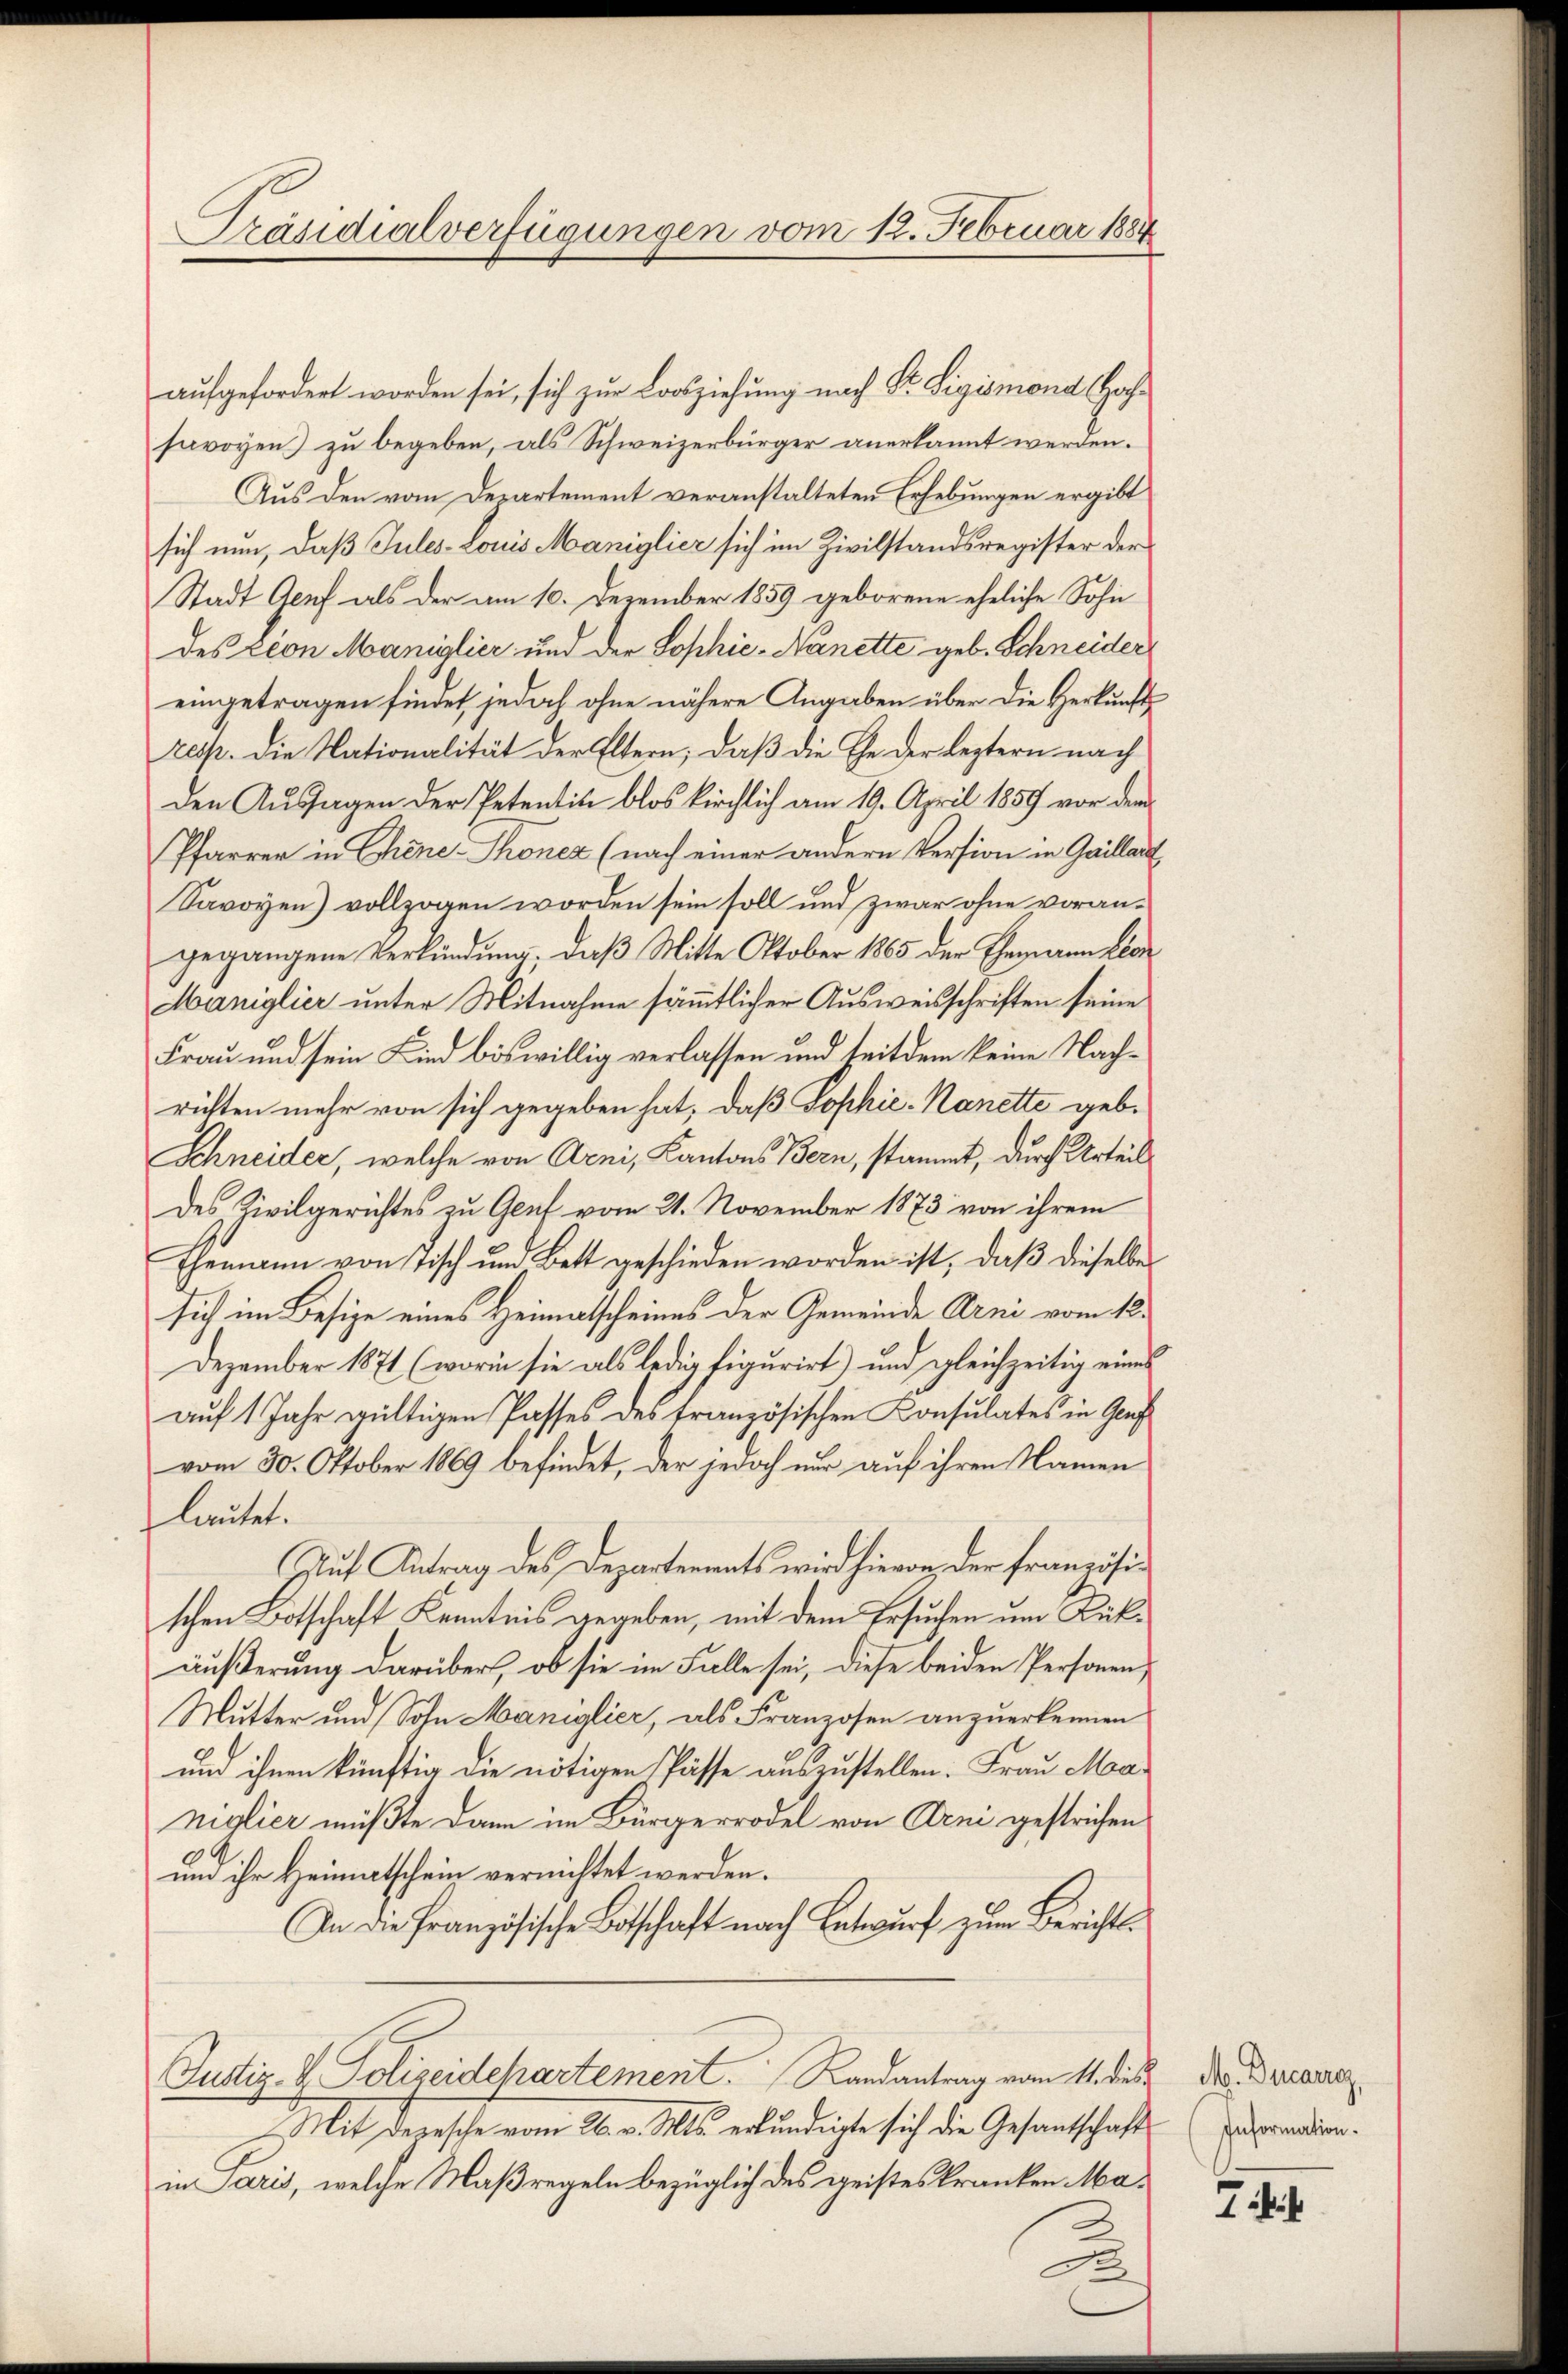
Präsidialverfügungen vom 12. Februar 1884

aufgefordert worden sei, sich zur Loosziehung nach Dr. Sigismond Hochsavoyen) zu begeben, als Schweizerbürger anerkannt werden.
Aus den vom Departement veranstalteten Erhebungen ergibt
sich nun, daß Jules-Louis Maniglier sich im Zivilstandsregister der
Stadt Genf als der am 10. Dezember 1859 geborene eheliche Sohn
des Eion Maniglier und der Sophie-Nanette geb. Schneider
eingetragen findet, jedoch ohne nähere Angaben über die Herkunft
zech. Die Nationalität der Eltern, daß die Ehe der leztern nach
den Aussagen der Petentite blos kirchlich am 19. April 1859 vor dem
Pfarrer in Chene Thonez (nach einer andern Persion in Gaillant
Savoyen) vollzogen worden sein soll und zwar ohne vorangegangene Verbindung. Daß Mitte Oktober 1865 der Ehemann kon
Maniglier unter Mitnahme sämmtlicher Ausweisschriften seine
Frau und sein Kind böswillig verlassen und seit dem keine Nachrichten mehr von sich gegeben hat, daß Sophie-Kanette geb.
Schneider, welche von Arni, Kantons Bern, stimmt, durch Urteil
des Zivilgerichtes zu Genf vom 21. November 1873 von ihrem
Ehemann von Tisch und Bett geschieden worden ist, daß dieselbe
sich im Besize eines Heimatscheines der Gemeinde Arni vom 12.
Dezember 1871 (worin sie als ledig figurirt) und gleichzeitig eines
auf 1 Jahr wültigen Passes des Französischen Konsulates in Graf
vom 30. Oktober 1869 befindet, der jedoch nur auf ihren Namen
lautet.
Auf Antrag des Departements wird hievon der französischen Botschaft Kenntnis gegeben, mit dem Ersuchen um Rükäußerung darüber, ob sie im Falle sei, diese beiden Personen,
Mutter und Sohn Maniglier, als Franzosen anzuerkennen
und ihnen künftig die nötigen Pässe auszustellen. Frau Maniglier müßte dann im Bürgerrodel von Arni gestrichen
und ihr Heimatschein vernichtet werden.
In die Französische Botschaft nach Entwurf zum Berichts¬
Justiz- & Polizeidchartement. Landantrag vom 11. dies des Decaner
Mit deresche vom 26. v. Mts. erkundigte sich die Gesandtschaft
in Paris, welche Maßregeln bezüglich des geisteskranken Ma¬

Information.

7